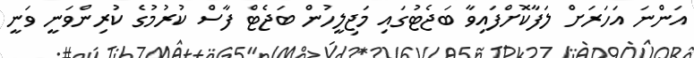
އަންނަ އަހަރަށް ލަފާކޮށްފައިވާ ބަޖެޓުގައި މަޖިލީހުން ބަޖެޓް ފާސް ކުރުމުގެ ކުރިންވަނީ ވަނީ